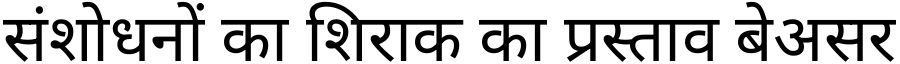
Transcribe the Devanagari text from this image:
संशोधनों का शिराक का प्रस्ताव बेअसर